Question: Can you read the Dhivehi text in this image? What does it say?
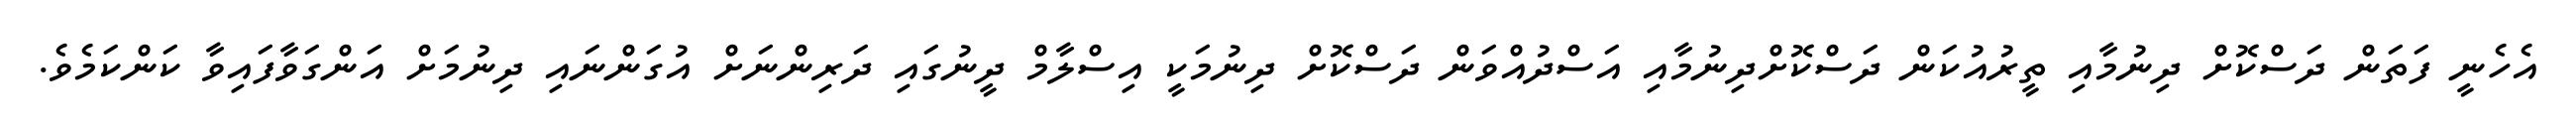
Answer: އެހެނީ ފަތަން ދަސްކޮށް ދިނުމާއި ތީރުއުކަން ދަސްކޮށްދިނުމާއި އަސްދުއްވަން ދަސްކޮށް ދިނުމަކީ އިސްލާމް ދީނުގައި ދަރިންނަށް އުގަންނައި ދިނުމަށް އަންގަވާފައިވާ ކަންކަމެވެ.